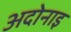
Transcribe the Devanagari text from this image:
अदोनाइ